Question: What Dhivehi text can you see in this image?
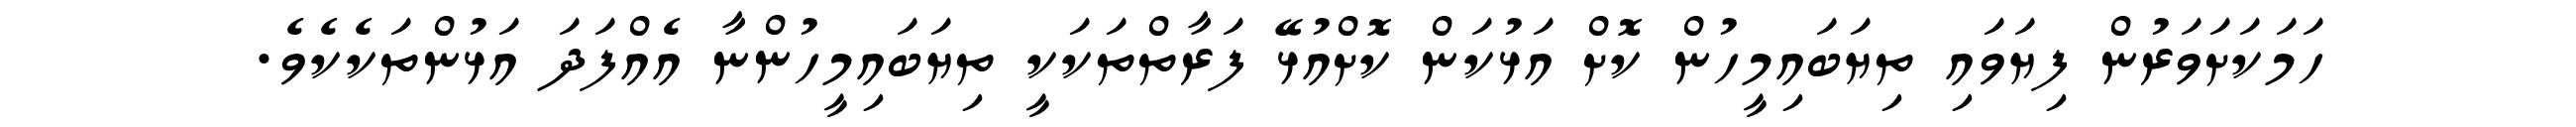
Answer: ހަމަކަށަވަރުން ފިޔަވައި ތިޔަބައިމީހުން ކޮށް އަޅުކަން ކޮށްއުޅޭ ފަރާތްތަކަކީ ތިޔަބައިމީހުންނާ އެއްފަދަ އަޅުންތަކެކެވެ.